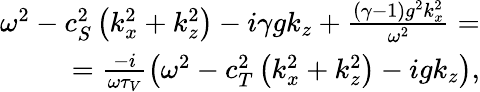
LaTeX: \begin{array}{r}{\omega^{2}-c_{S}^{2}\left(k_{x}^{2}+k_{z}^{2}\right)-i\gamma gk_{z}+\frac{(\gamma-1)g^{2}k_{x}^{2}}{\omega^{2}}=}\\ {=\frac{-i}{\omega\tau_{V}}\left(\omega^{2}-c_{T}^{2}\left(k_{x}^{2}+k_{z}^{2}\right)-igk_{z}\right),}\end{array}